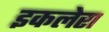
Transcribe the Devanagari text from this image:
इकलेरा